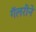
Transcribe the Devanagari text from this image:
गॅलरीने